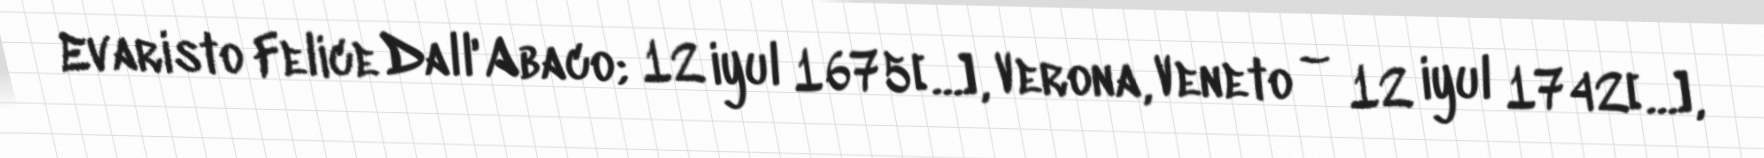
Evaristo Felice Dall'Abaco; 12 iyul 1675[…], Verona, Veneto – 12 iyul 1742[…],